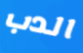
الدب